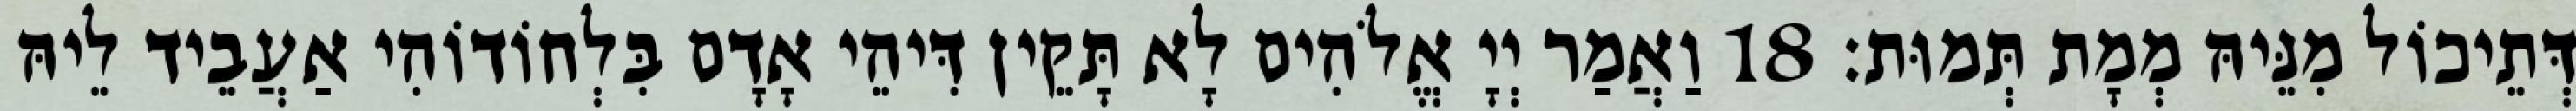
דְּתֵיכוֹל מִנֵּיהּ מְמָת תְּמוּת׃ 18 וַאֲמַר יְיָ אֱלֹהִים לָא תָּקֵין דִּיהֵי אָדָם בִּלְחוֹדוֹהִי אַעֲבֵיד לֵיהּ